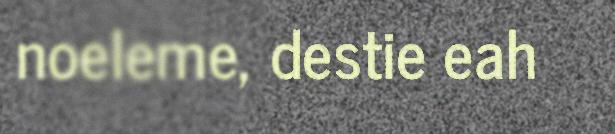
noeleme, destie eah